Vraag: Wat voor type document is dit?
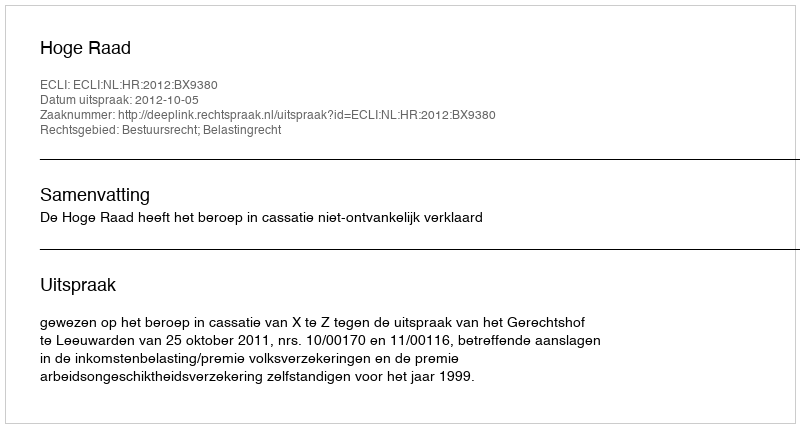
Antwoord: Uitspraak